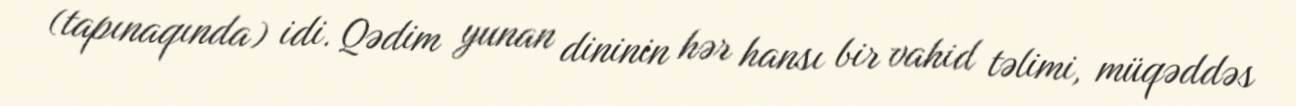
(tapınaqında) idi. Qədim yunan dininin hər hansı bir vahid təlimi, müqəddəs